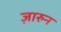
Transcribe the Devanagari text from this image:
ज़ारुन